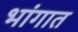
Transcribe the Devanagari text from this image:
भांगात